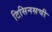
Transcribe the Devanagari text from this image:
टिसिनसची